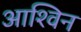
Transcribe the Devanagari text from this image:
आश्‍विन